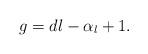
LaTeX: \begin{align*}g = dl-\alpha_l+1.\end{align*}